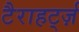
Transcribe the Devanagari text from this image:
टैराहर्ट्ज़